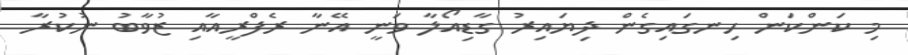
މި ކަންކަން ހިނގައިގެން ދިޔައިރު ގާޑިއޯލާ ވަނީ އޭނާ ރެފްރީއާއި ޒުވާބު ނުކުރާ